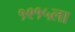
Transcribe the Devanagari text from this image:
१९१५ला